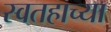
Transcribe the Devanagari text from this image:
स्वतहाच्या